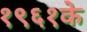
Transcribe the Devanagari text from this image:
१९६१के